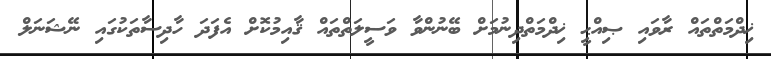
ޚިދްމަތްތައް ރާވައި ޞިއްޙީ ޚިދްމަތްދިނުމަށް ބޭނުންވާ ވަސީލަތްތައް ޤާއިމުކޮށް އެފަދަ ހާދިސާތަކުގައި ނޭޝަނަލް